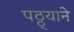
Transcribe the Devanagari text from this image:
पठ्ठ्याने